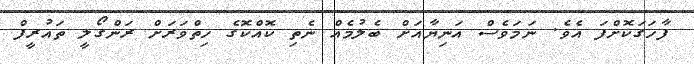
ފާހަގަކޮށްފަ އެވެ. ނަމަވެސް އަނިޔާއަށް ބެލުމެއް ނެތި ކޮއްކޮގެ ހިތްވަރަށް ރަންގޯލީ ތައުރީފް